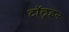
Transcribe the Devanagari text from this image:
टॉलूइन